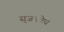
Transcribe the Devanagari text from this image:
सृजनवेध